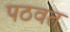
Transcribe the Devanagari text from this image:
पठवत